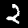
Digit: 2